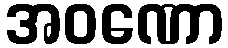
အဝဏော